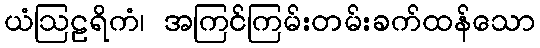
ယံဩဠရိကံ၊ အကြင်ကြမ်းတမ်းခက်ထန်သော